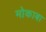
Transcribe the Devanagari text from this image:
मोकाबा